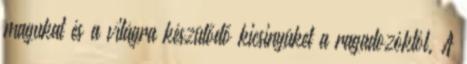
magukat és a világra készülődő kicsinyüket a ragadozóktól. A